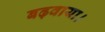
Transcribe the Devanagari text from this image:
बढ़वाया।